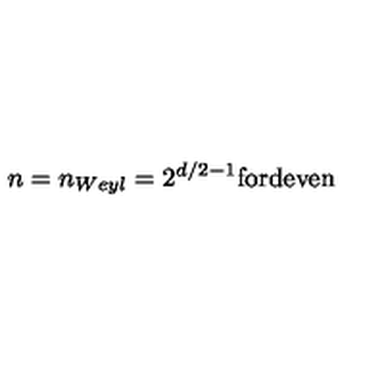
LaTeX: n = n _ { W e y l } = 2 ^ { d / 2 - 1 } \mathrm { f o r d e v e n }